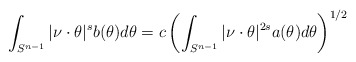
\begin{align*}\int_{S^{n-1}}|\nu\cdot\theta|^s b(\theta)d\theta=c\left(\int_{S^{n-1}}|\nu\cdot\theta|^{2s}a(\theta)d\theta\right)^{1/2}\end{align*}